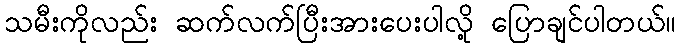
သမီးကိုလည်း ဆက်လက်ပြီးအားပေးပါလို့ ပြောချင်ပါတယ်။